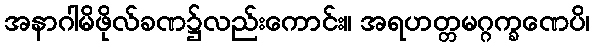
အနာဂါမိဖိုလ်ခဏ၌လည်းကောင်း။ အရဟတ္တမဂ္ဂက္ခဏေပိ၊